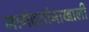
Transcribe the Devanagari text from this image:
मार्गदर्शानाखाली